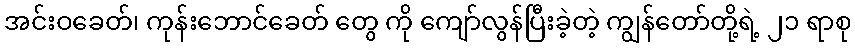
အင်းဝခေတ်၊ ကုန်းဘောင်ခေတ် တွေ ကို ကျော်လွန်ပြီးခဲ့တဲ့ ကျွန်တော်တို့ရဲ့ ၂၁ ရာစု